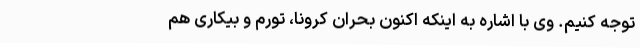
توجه کنیم. وی با اشاره به اینکه اکنون بحران کرونا، تورم و بیکاری هم